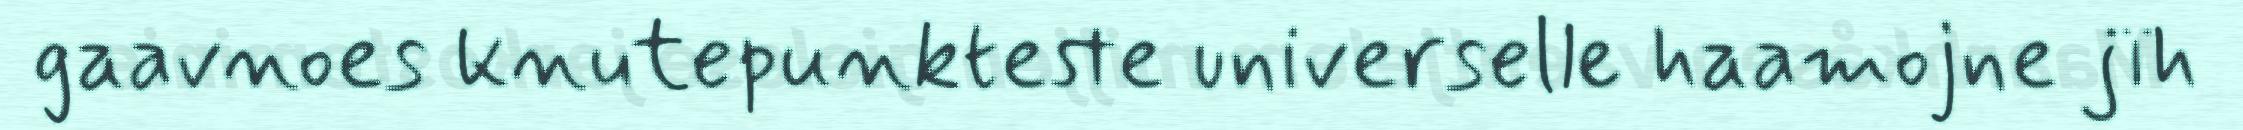
gaavnoes knutepunkteste universelle haamojne jïh